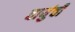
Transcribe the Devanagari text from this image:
वायुंची